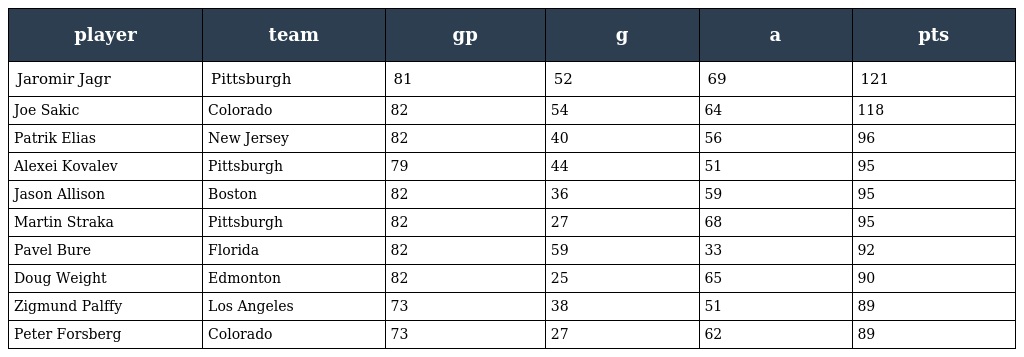
| player | team | gp | g | a | pts |
 | --- | --- | --- | --- | --- | --- |
 | Jaromir Jagr | Pittsburgh | 81 | 52 | 69 | 121 |
 | Joe Sakic | Colorado | 82 | 54 | 64 | 118 |
 | Patrik Elias | New Jersey | 82 | 40 | 56 | 96 |
 | Alexei Kovalev | Pittsburgh | 79 | 44 | 51 | 95 |
 | Jason Allison | Boston | 82 | 36 | 59 | 95 |
 | Martin Straka | Pittsburgh | 82 | 27 | 68 | 95 |
 | Pavel Bure | Florida | 82 | 59 | 33 | 92 |
 | Doug Weight | Edmonton | 82 | 25 | 65 | 90 |
 | Zigmund Palffy | Los Angeles | 73 | 38 | 51 | 89 |
 | Peter Forsberg | Colorado | 73 | 27 | 62 | 89 |